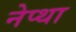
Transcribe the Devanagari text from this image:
नेप्था